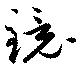
鏡